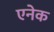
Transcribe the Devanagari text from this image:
एनेक